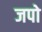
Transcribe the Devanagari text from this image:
जपो